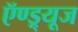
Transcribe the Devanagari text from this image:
ऍण्ड्र्यूज